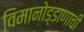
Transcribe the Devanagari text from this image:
विमानोड्डाणाची